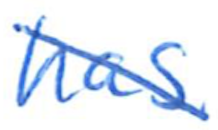
Text: has
Cross-out: diagonal
Writing tool: ballpoint